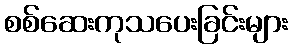
စစ်ဆေးကုသပေးခြင်းများ